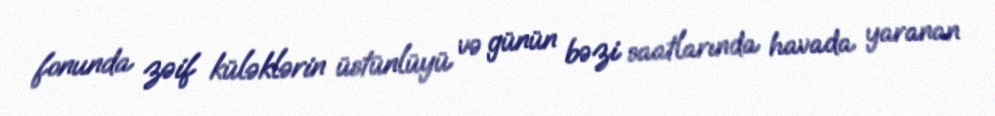
fonunda zəif küləklərin üstünlüyü və günün bəzi saatlarında havada yaranan